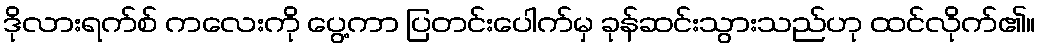
ဒိုလားရက်စ် ကလေးကို ပွေ့ကာ ပြတင်းပေါက်မှ ခုန်ဆင်းသွားသည်ဟု ထင်လိုက်၏။